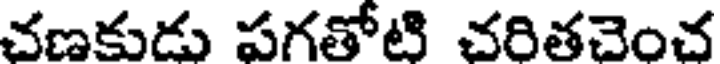
చణకుడు పగతోటి చరితచెంచ